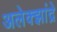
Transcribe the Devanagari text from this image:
अलेक्झांद्रे